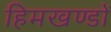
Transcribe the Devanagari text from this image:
हिमखण्डों